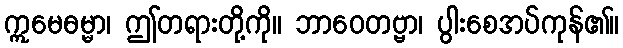
ဣမေဓမ္မာ၊ ဤတရားတို့ကို။ ဘာဝေတဗ္ဗာ၊ ပွါးစေအပ်ကုန်၏။